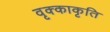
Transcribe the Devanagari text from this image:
वृक्काकृति